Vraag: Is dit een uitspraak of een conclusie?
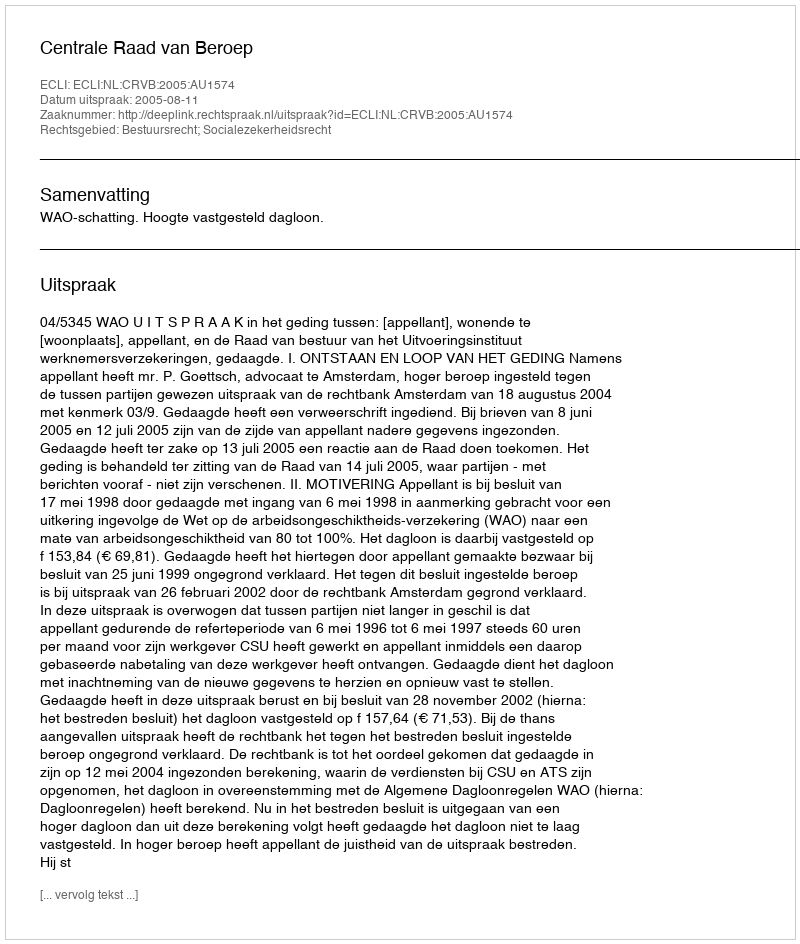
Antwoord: Uitspraak